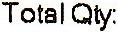
TOTAL QTY: